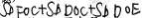
S _ { \Delta } F O C + S _ { \Delta D O C } + S _ { \Delta D O E }